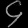
Digit: ၄